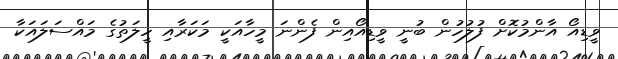
ވީޑިއޯ އާންމުކޮށް ފުލުހުން ބުނީ ވީޑިއޯއިން ފެންނަ މީހާއަކީ މަކަރާއި ހީލަތުގެ މައްސަލައަކާ